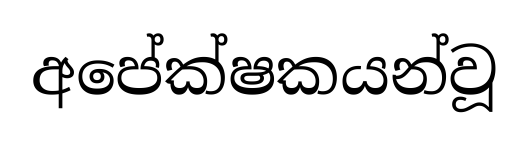
අපේක්ෂකයන්වූ